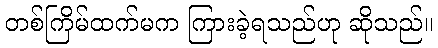
တစ်ကြိမ်ထက်မက ကြားခဲ့ရသည်ဟု ဆိုသည်။